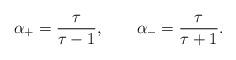
LaTeX: \begin{align*}\alpha_+ = {\tau\over\tau - 1} , \qquad \alpha_- = {\tau\over \tau + 1} .\end{align*}